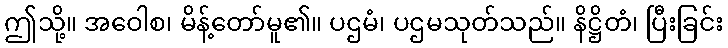
ဤသို့။ အဝေါစ၊ မိန့်တော်မူ၏။ ပဌမံ၊ ပဌမသုတ်သည်။ နိဋ္ဌိတံ၊ ပြီးခြင်း